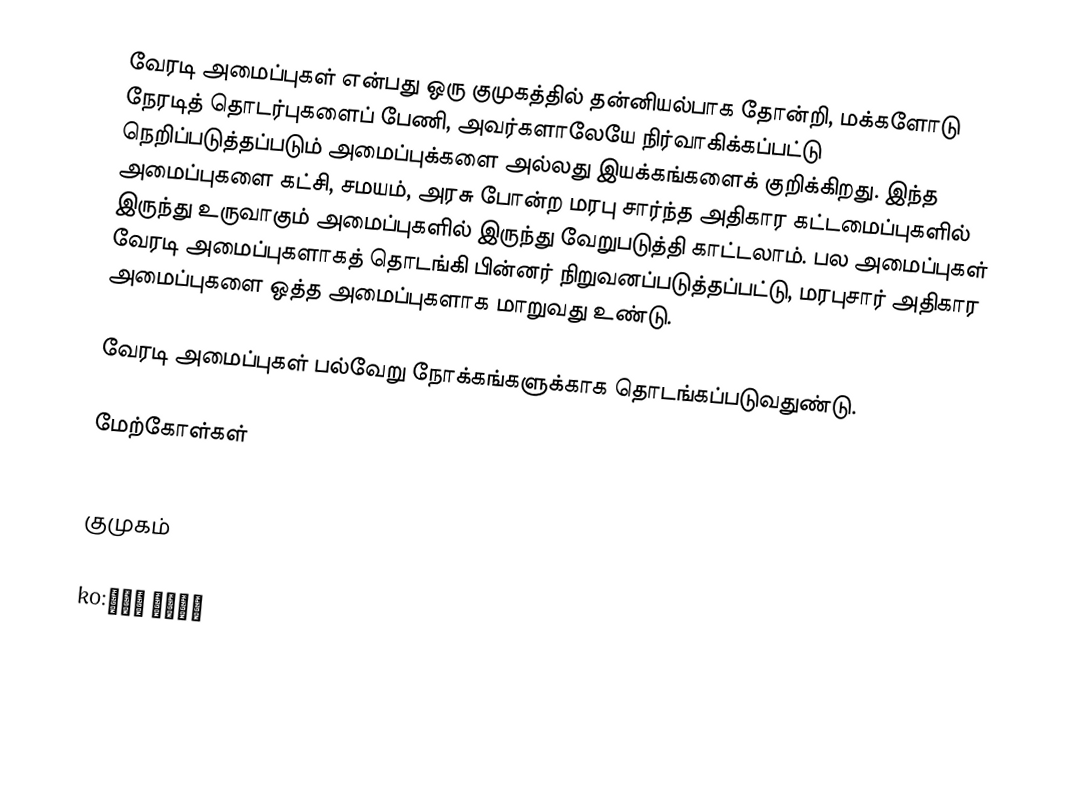
வேரடி அமைப்புகள் என்பது ஒரு குமுகத்தில் தன்னியல்பாக தோன்றி, மக்களோடு நேரடித் தொடர்புகளைப் பேணி, அவர்களாலேயே நிர்வாகிக்கப்பட்டு நெறிப்படுத்தப்படும் அமைப்புக்களை அல்லது இயக்கங்களைக் குறிக்கிறது.  இந்த அமைப்புகளை கட்சி, சமயம், அரசு போன்ற மரபு சார்ந்த அதிகார கட்டமைப்புகளில் இருந்து உருவாகும் அமைப்புகளில் இருந்து வேறுபடுத்தி காட்டலாம். பல அமைப்புகள் வேரடி அமைப்புகளாகத் தொடங்கி பின்னர் நிறுவனப்படுத்தப்பட்டு, மரபுசார் அதிகார அமைப்புகளை ஒத்த அமைப்புகளாக மாறுவது உண்டு.

வேரடி அமைப்புகள் பல்வேறு நோக்கங்களுக்காக தொடங்கப்படுவதுண்டு.

மேற்கோள்கள்

குமுகம்

ko:풀뿌리 민주주의